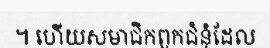
។ ហើយសមាជិកពួកជំនុំដែល